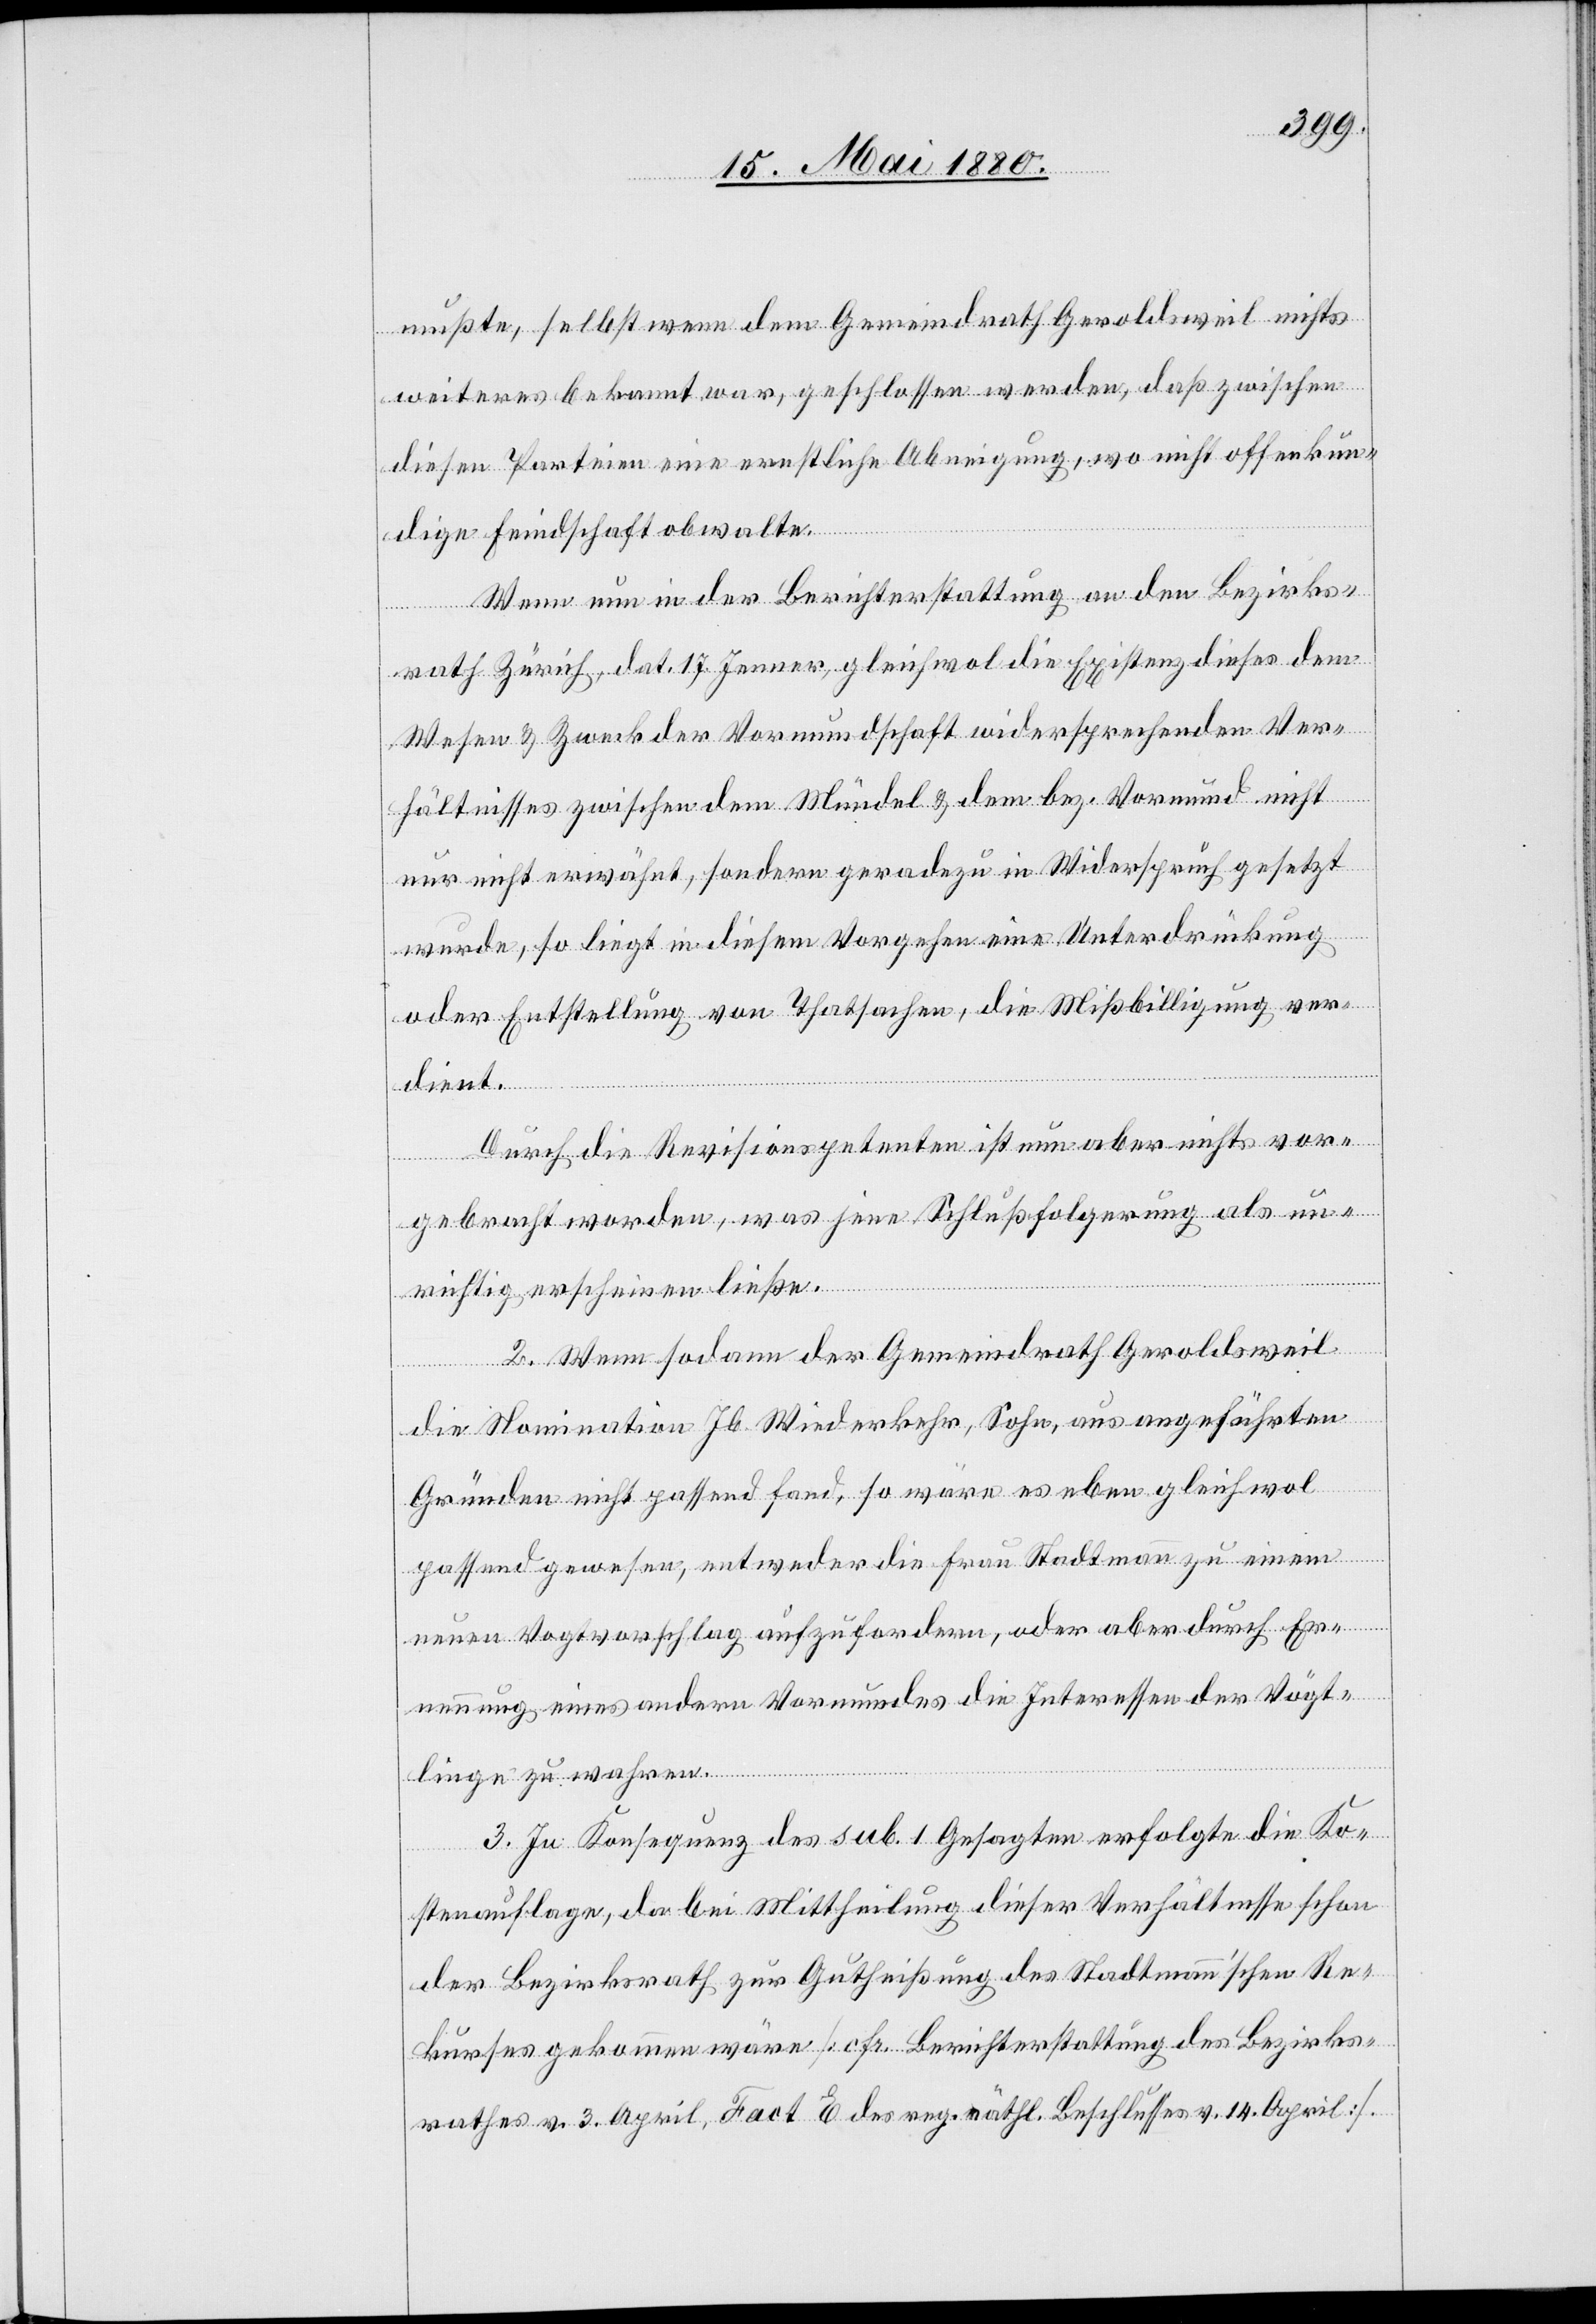
mußte, selbst wenn dem Gemeindrath Geroldsweil nichts
weiteres bekannt war, geschlossen werden, daß zwischen
diesen Parteien eine ernstliche Abneigung, wo nicht offenkun¬
dige Feindschaft obwalte.
Wenn nun in der Berichterstattung an den Bezirks¬
rath Zürich, dat. 17. Jenner, gleichwol die Existenz dieses dem
Wesen & Zweck der Vormundschaft widersprechenden Ver¬
hältnisses zwischen dem Mündel & dem bez. Vormund nicht
nur nicht erwähnt, sondern geradezu in Widerspruch gesetzt
wurde, so liegt in diesem Vorgehen eine Unterdrückung
oder Entstellung von Thatsachen, die Mißbilligung ver¬
dient.
Durch die Revisionspetenten ist nun aber nichts vor¬
gebracht worden, was jene Schlußfolgerung als un¬
richtig erscheinen ließe.
2. Wenn sodann der Gemeindrath Geroldsweil
die Nomination Jb. Wiederkehr, Sohn, aus angeführten
Gründen nicht passend fand, so wäre es eben gleichwol
passend gewesen, entweder die Frau Stadtmann zu einem
neuen Vogtvorschlag aufzufordern, oder aber durch Er¬
nennung eines andern Vormundes die Interessen der Vögt¬
linge zu wahren.
3. In Konsequenz des sub. 1 Gesagten erfolgte die Ko¬
stenauflage, da bei Mittheilung dieser Verhältnisse schon
der Bezirksrath zur Gutheißung des Stadtmann’schen Re¬
kurses gekommen wäre [cfr. Berichterstattung des Bezirks¬
rathes v. 3. April, Fact E des reg. räthl. Beschlusses v. 14. April].